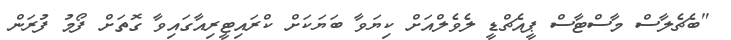
"ބެޗެލާސް މާސްޓާސް ޕީއެޗްޑީ ލެވެލްއަށް ކިޔަވާ ބަޔަކަށް ކްރައިޓީރިއާގައިވާ ގޮތަށް ފޯމު ފުރަން